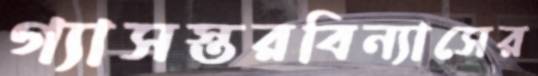
গ্যাসস্তরবিন্যাসের